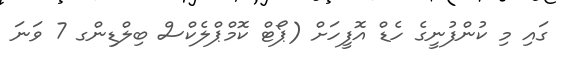
ގައި މި ކުންފުނީގެ ހެޑް އޮފީހަށް (ޕޯޓް ކޮމްޕްލެކްސް ބިލްޑިންގ 7 ވަނަ